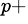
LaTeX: ^{p+}